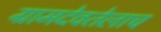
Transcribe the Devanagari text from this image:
ग्रामदेवतेलाच